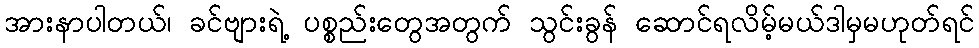
အားနာပါတယ်၊ ခင်ဗျားရဲ့ ပစ္စည်းတွေအတွက် သွင်းခွန် ဆောင်ရလိမ့်မယ်ဒါမှမဟုတ်ရင်